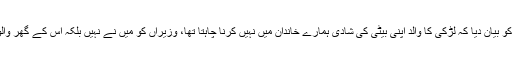
مقتولہ کے شوہر نے پولیس کو بیان دیا کہ لڑکی کا والد اپنی بیٹی کی شادی ہمارے خاندان میں نہیں کرنا چاہتا تھا، وزیراں کو میں نے نہیں بلکہ اُس کے گھر والوں نے تشدد کر کے قتل کیا۔